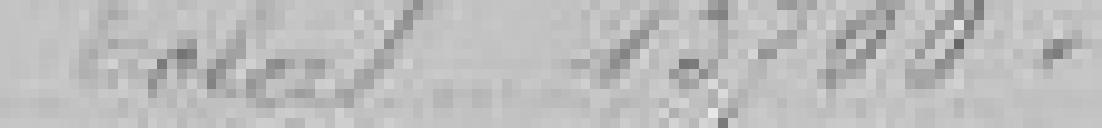
Total 13 700